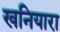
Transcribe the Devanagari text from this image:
खनियारा